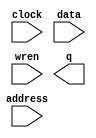
module ScoreMem (
	address,
	clock,
	data,
	wren,
	q);

	input	[14:0]  address;
	input	  clock;
	input	[7:0]  data;
	input	  wren;
	output	[7:0]  q;
`ifndef ALTERA_RESERVED_QIS
// synopsys translate_off
`endif
	tri1	  clock;
`ifndef ALTERA_RESERVED_QIS
// synopsys translate_on
`endif

endmodule